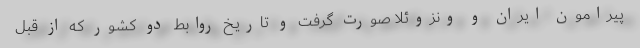
پیرامون ایران و ونزوئلا صورت گرفت و تاریخ روابط دو کشور که از قبل